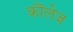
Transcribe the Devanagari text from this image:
कॊलेज